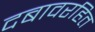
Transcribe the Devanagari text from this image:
दबावरहित